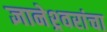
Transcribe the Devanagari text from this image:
ज्ञानेश्र्वरांचा